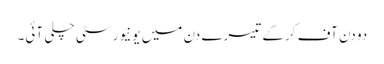
دو دن آف کرکے تیسرے دن میں یونیورسٹی چلی آئی۔